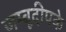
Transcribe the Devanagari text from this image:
जम्बूदीपके